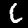
Digit: 6